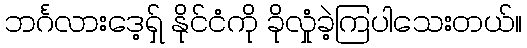
ဘင်္ဂလားဒေ့ရှ် နိုင်ငံကို ခိုလှုံခဲ့ကြပါသေးတယ်။